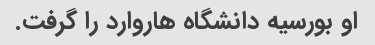
او بورسیه دانشگاه هاروارد را گرفت.